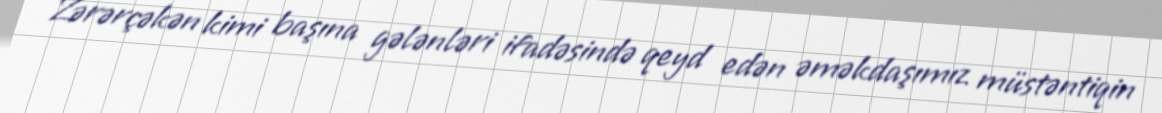
Zərərçəkən kimi başına gələnləri ifadəsində qeyd edən əməkdaşımız müstəntiqin